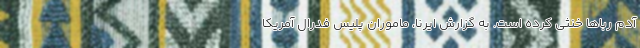
آدم رباها خنثی کرده است. به گزارش ایرنا، ماموران پلیس فدرال آمریکا